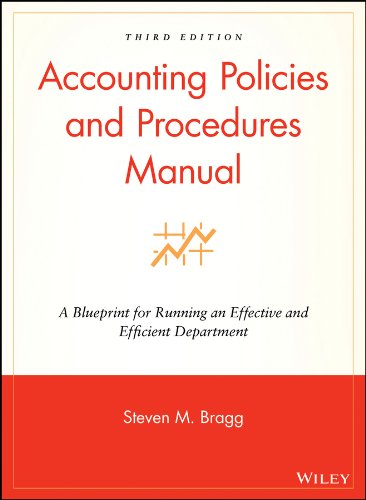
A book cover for Accounting Policies and Procedures Manual: A Blueprint for Running an Effective and Efficient Department; Steven M. Bragg; Business & Money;